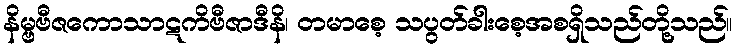
နိမ္ဗဗီဇကောသာဋကိဗီဇာဒီနိ၊ တမာစေ့ သပွတ်ခါးစေ့အစရှိသည်တို့သည်။